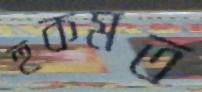
হুকমত